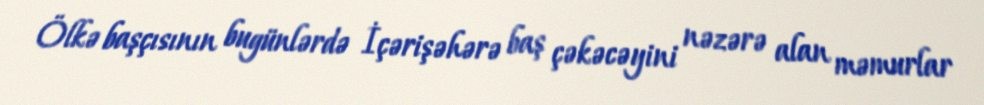
Ölkə başçısının bugünlərdə İçərişəhərə baş çəkəcəyini nəzərə alan məmurlar